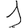
Digit: 1